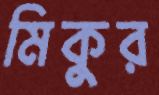
মিকুর